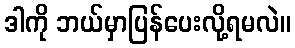
ဒါကို ဘယ်မှာပြန်ပေးလို့ရမလဲ။